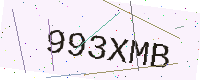
Text: 993XMB